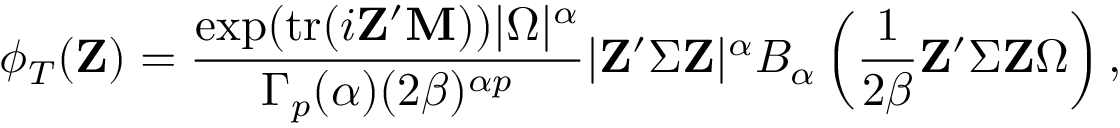
\phi _ { T } ( \mathbf { Z } ) = { \frac { \exp ( \mathrm { { t r } } ( i \mathbf { Z } ^ { \prime } \mathbf { M } ) ) | { \boldsymbol { \Omega } } | ^ { \alpha } } { \Gamma _ { p } ( \alpha ) ( 2 \beta ) ^ { \alpha p } } } | \mathbf { Z } ^ { \prime } { \boldsymbol { \Sigma } } \mathbf { Z } | ^ { \alpha } B _ { \alpha } \left( { \frac { 1 } { 2 \beta } } \mathbf { Z } ^ { \prime } { \boldsymbol { \Sigma } } \mathbf { Z } { \boldsymbol { \Omega } } \right) ,